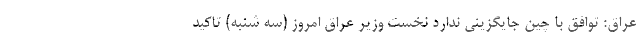
عراق: توافق با چین جایگزینی ندارد نخست وزیر عراق امروز (سه شنبه) تاکید